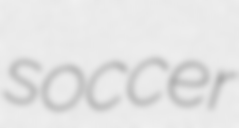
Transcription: soccer